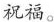
祝福。